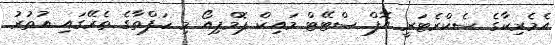
އެމެރިކާގެ ސެކްރެޓަރީ އޮފް ސްޓޭޓް މައިކް ޕޮމްޕިއޯ މި ހަފްތާގެ ތެރޭގައި އުތުރު